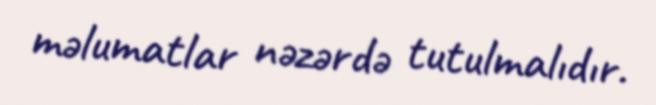
məlumatlar nəzərdə tutulmalıdır.